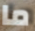
ما